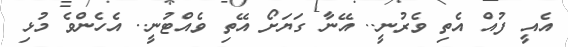
އެއީ ފުއް އެތި ވެރުނީ.. އޭނާ ގަޔަށޯ އޭތި ވެއްޓުނީ.. އެހެންވެ މުޅި